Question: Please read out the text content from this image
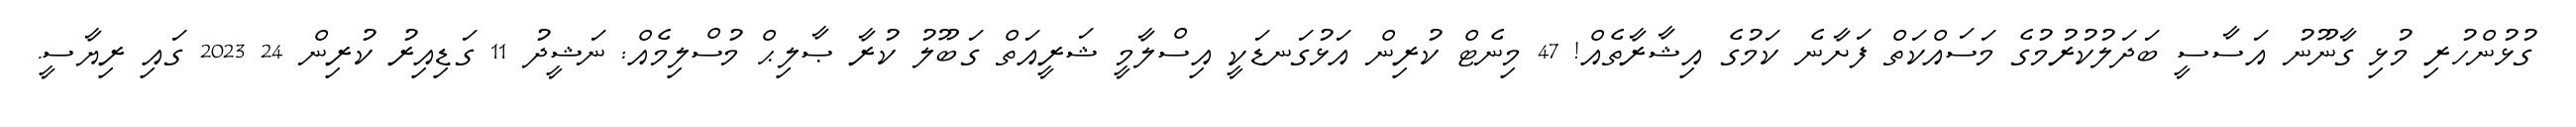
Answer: ގުޅުންހުރި މުޅި ގާނޫނު އަސާސީ ބަދަލުކުރުމުގެ މަސައްކަތް ފަށާނެ ކަމުގެ އިޝާރާތެއް! 47 މިނެޓް ކުރިން އަޅުގަނޑަކީ އިސްލާމީ ޝަރީއަތް ގަބޫލު ކުރާ ޞާލިޙް މުސްލިމެއް: ނަޝީދު 11 ގަޑިއިރު ކުރިން 24 2023 ގައި ރިޔާސީ.